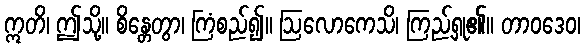
ဣတိ၊ ဤသို့။ စိန္တေတွာ၊ ကြံစည်၍။ ဩလောကေသိ၊ ကြည့်ရှု၏။ တာဝဒေဝ၊